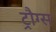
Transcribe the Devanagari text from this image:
ट्रौग्स